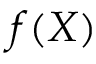
f ( X )